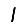
Digit: 1